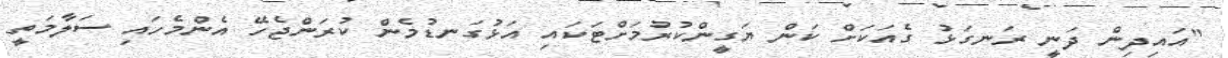
"އައިދިން ދަނީ ރަނގަޅު ގެއަކަށް ކަން ޔަގީންކުރުމަށްޓަކައި އަޅުގަނޑުމެން ކުރަންޖެހޭ އެންމެހައި ސަލާމަތީ